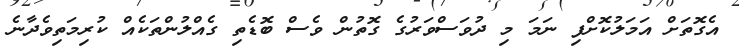
އެގޮތަށް އަމަލުކޮށްފި ނަމަ މި ދުވަސްވަރުގެ ގޮތުން ވެސް ބޮޑެތި ގެއްލުންތަކެއް ކުރިމަތިވެދާނެ